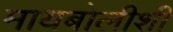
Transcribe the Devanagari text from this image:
मायबोलीशी